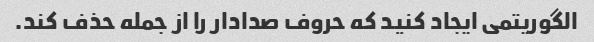
الگوریتمی ایجاد کنید که حروف صدادار را از جمله حذف کند.